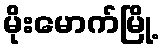
မိုးမောက်မြို့